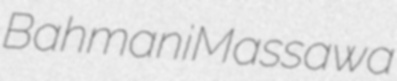
Bahmani Massawa